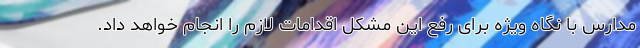
مدارس با نگاه ویژه برای رفع این مشکل اقدامات لازم را انجام خواهد داد.